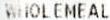
WHOLEMEAL